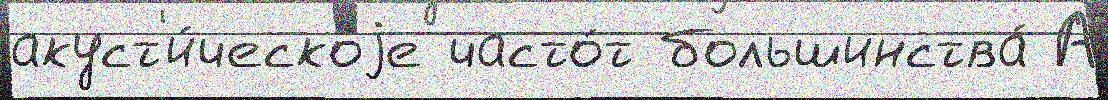
акуст'и́ческоjе часто́т большинства́ А